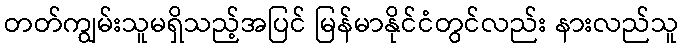
တတ်ကျွမ်းသူမရှိသည့်အပြင် မြန်မာနိုင်ငံတွင်လည်း နားလည်သူ